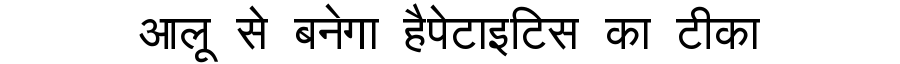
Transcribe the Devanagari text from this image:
आलू से बनेगा हैपेटाइटिस का टीका